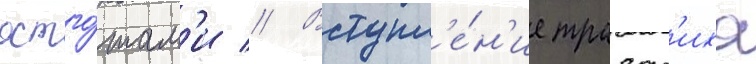
остго́там'и // Вступл'е́н'ие тразар'иха